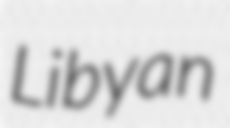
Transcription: Libyan